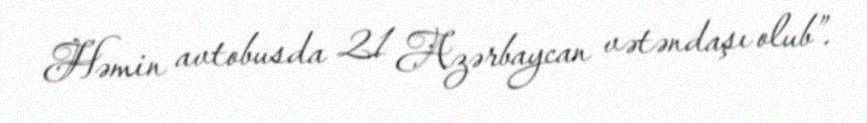
Həmin avtobusda 21 Azərbaycan vətəndaşı olub”.